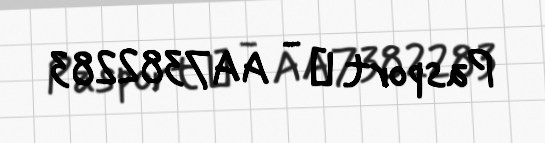
Pasport № - AA7382283